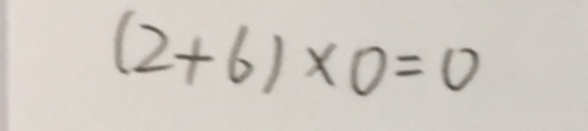
( 2 + 6 ) \times 0 = 0